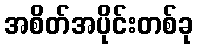
အစိတ်အပိုင်းတစ်ခု